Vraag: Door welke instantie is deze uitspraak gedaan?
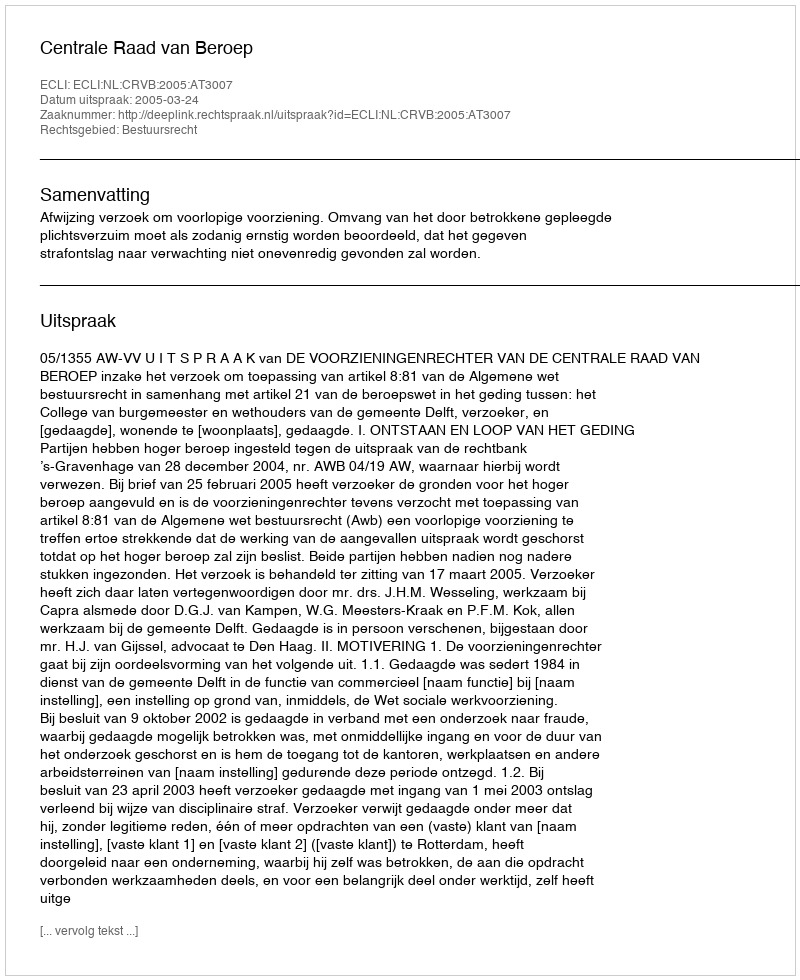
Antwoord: Centrale Raad van Beroep